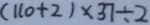
( 1 1 0 + 2 ) \times 3 7 \div 2